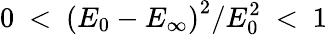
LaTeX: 0~<~\left(E_{0}-E_{\infty}\right)^{2}/E_{0}^{2}~<~1